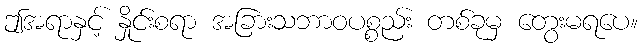
ဤအရာနှင့် နှိုင်းစရာ အခြားသဘာဝပစ္စည်း တစ်ခုမှ တွေးမရပေ။